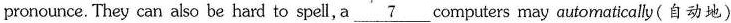
pronounce. They can also be hard to spell,a\underline{7} computers may automatically (自动地)